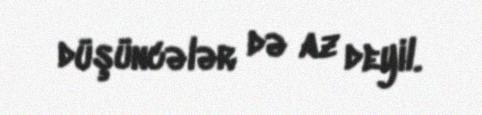
düşüncələr də az deyil.